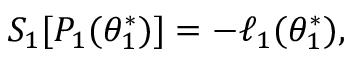
S _ { 1 } [ P _ { 1 } ( { \theta _ { 1 } ^ { * } } ) ] = - \ell _ { 1 } ( \theta _ { 1 } ^ { * } ) ,